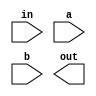
module top(in, a, b, out);
input in, a, b;
output out;
wire c;
and a1(a,b,c);
and a2(c,in,out);

endmodule